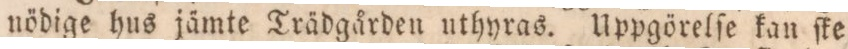
nödige hus jämte Trädgården uthyras. Uppgörelſe kan ſke